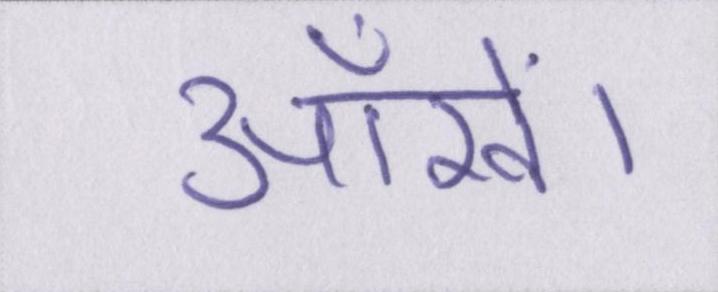
आँखें।